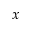
x